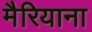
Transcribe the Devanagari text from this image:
मैरियाना